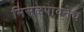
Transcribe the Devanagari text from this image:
मिसळपावनेच